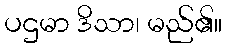
ပဌမာ ဒိသာ၊ မည်၏။